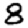
Digit: 8